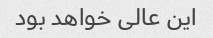
این عالی خواهد بود